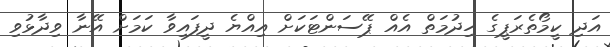
އަދި ކީމޯތެރަޕީގެ ހިދުމަތް އެއް ޕޭސަންޓަކަށް އިއްޔެ ދީފައިވާ ކަމަށް އޭނާ ވިދާޅުވި